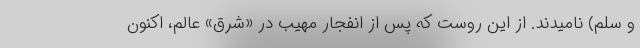
و سلم) نامیدند. از این روست که پس از انفجار مهیب در «شرق» عالم، اکنون